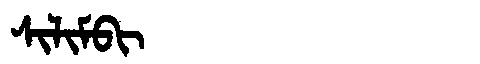
Manchu: ᠰᡳᠯᡳᠮᠪᡳ
Romanization: SILIMBI